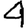
Digit: 4